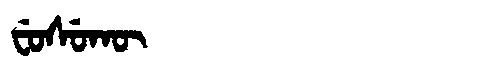
Manchu: ᠸᡠᠰᡠᡴᡡ
Romanization: FUSUKŪ